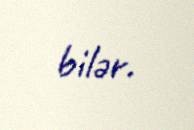
bilər.